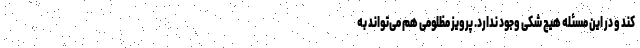
کند و در این مسئله هیچ شکی وجود ندارد. پرویز مظلومی هم می‌تواند به